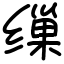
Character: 缫